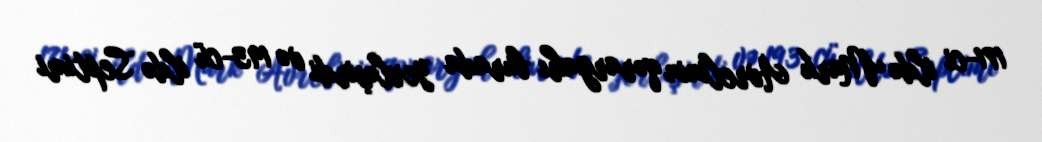
171-ci ildə Mark Avrelinin qərargahı burada yerləşirdi və 193-cü ildə Septimi